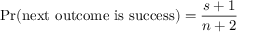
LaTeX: \operatorname* { P r } ( { \mathrm { n e x t ~ o u t c o m e ~ i s ~ s u c c e s s } } ) = { \frac { s + 1 } { n + 2 } }